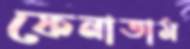
ফেনাতাম